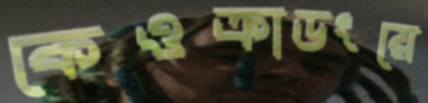
কেওক্রাডংয়ে